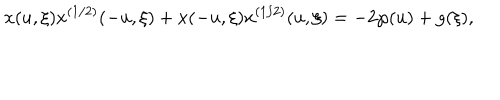
LaTeX: x ( u , \xi ) x ^ { ( 1 / 2 ) } ( - u , \xi ) + x ( - u , \xi ) x ^ { ( 1 / 2 ) } ( u , \xi ) = - 2 \wp ( u ) + g ( \xi ) ,